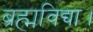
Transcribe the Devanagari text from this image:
ब्रह्मविद्या।